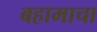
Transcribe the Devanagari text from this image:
बहामाचा